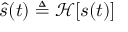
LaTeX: { \hat { s } } ( t ) \triangleq \operatorname { \mathcal { H } } [ s ( t ) ]